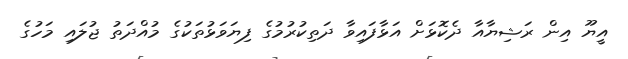
އީޔޫ އިން ރަޝިޔާއާ ދެކޮޅަށް އަޅާފައިވާ ދަތިކުރުމުގެ ފިޔަވަޅުތަކުގެ މުއްދަތު ޖުލައި މަހުގެ